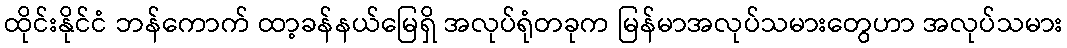
ထိုင်းနိုင်ငံ ဘန်ကောက် ထာ့ခန်နယ်မြေရှိ အလုပ်ရုံတခုက မြန်မာအလုပ်သမားတွေဟာ အလုပ်သမား